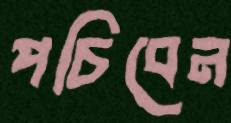
পচিবেন